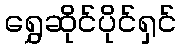
ရွှေဆိုင်ပိုင်ရှင်